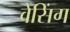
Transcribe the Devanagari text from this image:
वेसिंग